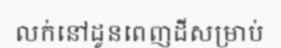
លក់នៅដូនពេញដីសម្រាប់